Vaccination North-Western Provinces and Oudh 1878-1895 - 1878-1895
Year: 1878
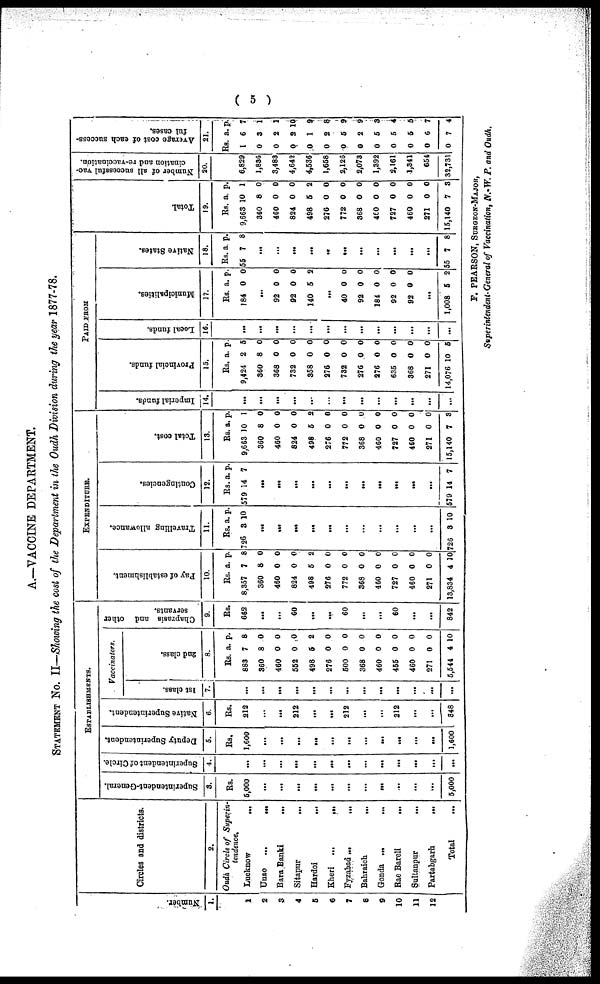
( 5 )
A.—VACCINE DEPARTMENT.
STATEMENT NO. II—Showing the cost of the Department in the Oudh Division during the year 1877-78.
Number.
l.
l
2
3
4
5
6
7
8
9
10
11
12
Circles and districts.
2.
Oudh. Circle of Superin-
tendence.
Lucknow
...
Unao
...
Bara Banki
...
Sitapur
...
Hardoi
...
Kheri
...
...
Fyzabad
...
Bahraich
...
Gonda
...
...
Rae Bareli
...
Sultanpur
...
Partabgarh ...
Total ...
ESTABLISHMENTS.
Superintendent-General.
3.
Rs.
5,000
...
...
...
...
...
...
...
...
...
...
...
5,000
Superintendent of Circle.
4.
...
...
...
...
...
...
...
...
...
...
...
...
...
Deputy Superintendent.
5.
Rs.
1,600
...
...
...
...
...
...
...
...
....
...
...
1,600
Native Superintendent.
6.
Rs.
212
...
...
212
...
...
212
...
...
212
...
...
848
Vaccinators.
1st class.
7.
...
...
...
...
...
...
...
...
...
...
...
...
...
2nd class.
8.
Rs.
883
360
460
552
498
276
500
368
460
455
460
271
5,544
a.
7
8
0
0
5
0
0
0
0
0
0
0
4
p.
8
0
0
0
2
0
0
0
0
0
0
0
10
Chaprasis and other
servants.
9.
Rs.
662
...
...
60
...
...
60
...
...
60
...
...
842
EXPENDITURE.
Pay of establishment.
10.
Rs.
8,357
360
460
824
498
276
772
368
460
727
460
271
13,834
a.
7
8
0
0
5
0
0
0
0
0
0
0
4
p.
8
0
0
0
2
0
0
0
0
0
0
0
10
Travelling allowance.
11.
Rs.
726
...
...
...
...
...
...
...
...
...
...
...
726
a.
3
3
p.
10
10
Contingencies.
12.
Rs.
579
...
...
...
...
...
...
...
...
...
...
...
579
a.
14
14
p.
7
7
Total cost.
13.
Rs.
9,663
360
460
824
498
276
772
368
460
727
460
271
15,140
a.
10
8
0
0
5
0
0
0
0
0
0
0
7
p.
1
0
0
0
2
0
0
0
0
0
0
0
8
PAID FROM
Imperial funds.
14.
...
...
...
...
...
...
...
...
...
...
...
...
...
Provincial funds.
15.
Rs.
9,424
360
368
732
358
276
732
276
276
635
368
271
14,076
a.
2
8
0
0
0
0
0
0
0
0
0
0
10
p.
5
0
0
0
0
0
0
0
0
0
0
0
5
Local funds.
16.
...
...
...
...
...
...
...
...
...
...
...
...
...
Municipalities.
17.
Rs.
184
...
92
92
140
...
40
92
184
92
92
...
1,008
a.
0
0
0
5
0
0
0
0
0
5
p.
0
0
0
2
0
0
0
0
0
2
Native States.
18.
Rs.
55
...
...
...
...
...
...
...
...
...
...
...
55
a.
7
7
p.
8
8
Total.
19.
Rs.
9,663
360
460
824
498
276
772
368
460
727
460
271
15,140
a.
10
8
0
0
5
0
0
0
0
0
0
0
7
p.
1
0
0
0
2
0
0
0
0
0
0
0
3
Number of all successful vac-
cination and re-vaccination.
20.
6,829
1,836
3,483
4,642
4,536
1,658
2,126
2,073
1,392
2,161
1,341
654
32,731
Average cost of each success-
ful cases.
21.
Rs.
1
0
0
0
0
0
0
0
0
0
0
0
0
a.
6
3
2
2
1
2
5
2
5
5
5
6
7
p.
7
1
1
10
9
8
9
9
3
4
5
7
4
F. PEARSON, SURGEON-MAJOR,
Superintendent-General of Vaccination, N. W. P. and Oudh.